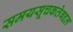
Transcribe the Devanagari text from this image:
समयसूचकतेबद्दल